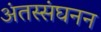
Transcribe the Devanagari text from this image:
अंतस्संघनन